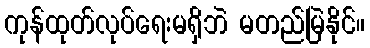
ကုန်ထုတ်လုပ်ရေးမရှိဘဲ မတည်မြဲနိုင်။